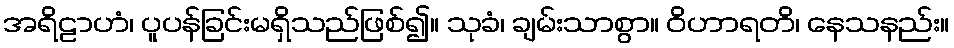
အရိဠာဟံ၊ ပူပန်ခြင်းမရှိသည်ဖြစ်၍။ သုခံ၊ ချမ်းသာစွာ။ ဝိဟာရတိ၊ နေသနည်း။